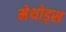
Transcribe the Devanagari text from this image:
मेथोड्स